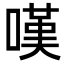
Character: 嘆